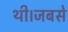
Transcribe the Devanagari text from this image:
थी।जबसे